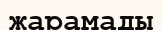
жарамады